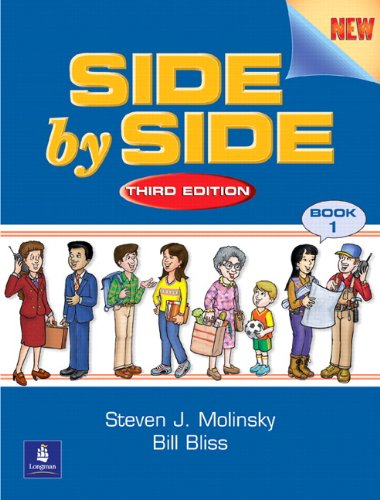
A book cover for Side by Side: Student Book 1, Third Edition; Steven J. Molinsky; Education & Teaching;